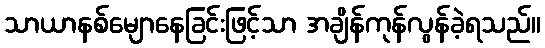
သာယာနစ်မျောနေခြင်းဖြင့်သာ အချိန်ကုန်လွန်ခဲ့ရသည်။